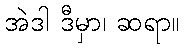
အဲဒါ ဒီမှာ၊ ဆရာ။